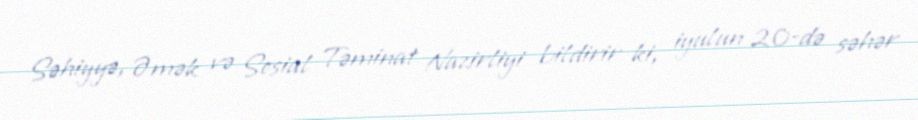
Səhiyyə, Əmək və Sosial Təminat Nazirliyi bildirir ki, iyulun 20-də səhər